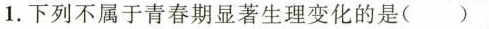
1.下列不属于青春期显著生理变化的是( )